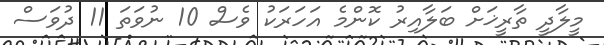
މީލާދީ ތާރީޚަށް ބަލާއިރު ކޮންމެ އަހަރަކު ވެސް 10 ނުވަތަ 11 ދުވަސް